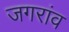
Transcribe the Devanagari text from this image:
जगरांव